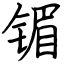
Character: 镅